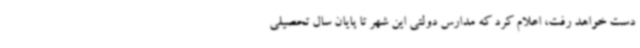
دست خواهد رفت، اعلام کرد که مدارس دولتی این شهر تا پایان سال تحصیلی